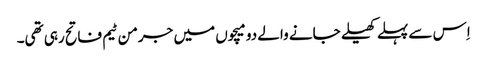
اِس سے پہلے کھیلے جانے والے دو میچوں میں جرمن ٹیم فاتح رہی تھی۔